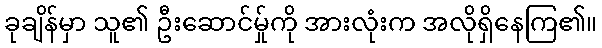
ခုချိန်မှာ သူ၏ ဦးဆောင်မ်ှုကို အားလုံးက အလိုရှိနေကြ၏။